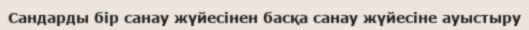
Сандарды бiр санау жүйесiнен басқа санау жүйесiне ауыстыру